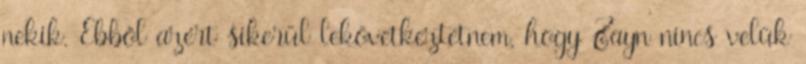
nekik. Ebből azért sikerül lekövetkeztetnem, hogy Zayn nincs velük